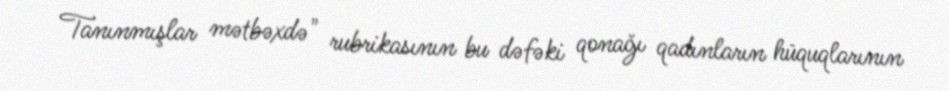
Tanınmışlar mətbəxdə" rubrikasının bu dəfəki qonağı qadınların hüquqlarının